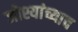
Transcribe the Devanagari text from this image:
जोश्यांच्याच